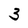
Character: 3